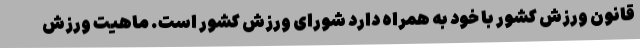
قانون ورزش کشور با خود به همراه دارد شورای ورزش کشور است. ماهیت ورزش